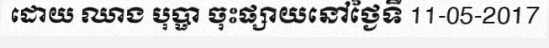
ដោយ ឈាង បុប្ផា ចុះផ្សាយនៅថ្ងៃទី 11-05-2017